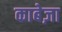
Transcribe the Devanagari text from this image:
काबेज़ा